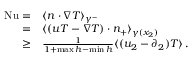
\begin{array} { r l } { \mathrm { { N u } } = } & { \langle n \cdot \nabla T \rangle _ { \gamma ^ { - } } } \\ { = } & { \langle ( u T - \nabla T ) \cdot n _ { + } \rangle _ { \gamma ( x _ { 2 } ) } } \\ { \geq } & { \frac { 1 } { 1 + \operatorname* { m a x } h - \operatorname* { m i n } h } \langle ( u _ { 2 } - \partial _ { 2 } ) T \rangle \, . } \end{array}